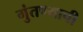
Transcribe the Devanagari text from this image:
गुंतण्याची